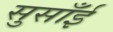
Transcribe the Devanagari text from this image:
सुसाँई